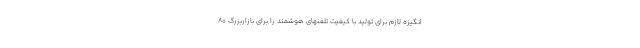
انگیزه لازم برای تولید با کیفیت تلفنهای هوشمند را برای بازاربزرگ 80